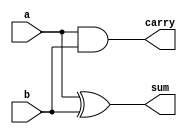
`timescale 1ns / 1ps
//////////////////////////////////////////////////////////////////////////////////
// Company: 
// Engineer: 
// 
// Design Name: 
// Module Name: halfadderdata
// Project Name: 
// Target Devices: 
// Tool Versions: 
// Description: 
// 
// Dependencies: 
// 
// Revision:
// Revision 0.01 - File Created
// Additional Comments:
// 
//////////////////////////////////////////////////////////////////////////////////


module halfadderdata(output sum,carry,input a,b);
assign sum = a^b;
assign carry = a &b;
endmodule